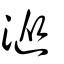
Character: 漎